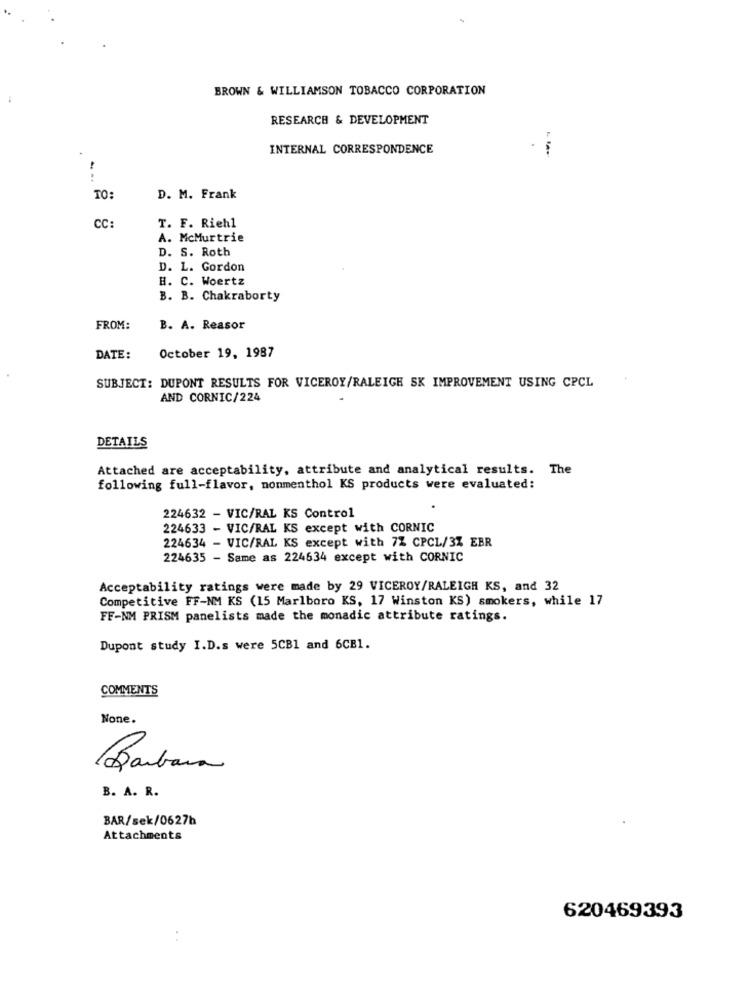
BROWN & WILLIAMSON TOBACCO CORPORATION
RESEARCH & DEVELOPMENT
INTERNAL CORRESPONDENCE
TO:
D. M. Frank
CC:
T. F. Riehl
A. McMurtrie
D. S. Roth
D. L. Gordon
H. C. Woertz
B. B. Chakraborty
FROM:
B. A. Reasor
DATE:
October 19, 1987
SUBJECT: DUPONT RESULTS FOR VICEROY/RALEIGH SK IMPROVEMENT USING CPCL
AND CORNIC/224
DETAILS
Attached are acceptability, attribute and analytical results. The
following full-flavor, nonmenthol KS products were evaluated:
224632 - VIC/RAL KS Control
224633 - VIC/RAL KS except with CORNIC
224634 - VIC/RAL KS except with 7% CPCL/3% EBR
224635 - Same as 224634 except with CORNIC
Acceptability ratings were made by 29 VICEROY/RALEIGH KS, and 32
Competitive FF-NM KS (15 Marlboro KS, 17 Winston KS) smokers, while 17
FF-NM PRISM panelists made the monadic attribute ratings.
Dupont study I.D.s were 5CB1 and 6CB1.
COMMENTS
None.
Barbara
B. A. R.
BAR/sek/0627h
Attachments
620469393
. .